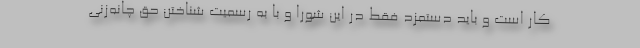
کار است و باید دستمزد فقط در این شورا و با به رسمیت شناختن حق چانه‌زنی